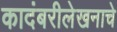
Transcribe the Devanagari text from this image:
कादंबरीलेखनाचे